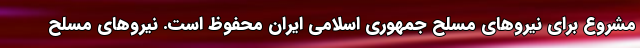
مشروع برای نیروهای مسلح جمهوری اسلامی ایران محفوظ است. نیروهای مسلح